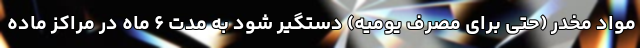
مواد مخدر (حتی برای مصرف یومیه) دستگیر شود به مدت ۶ ماه در مراکز ماده